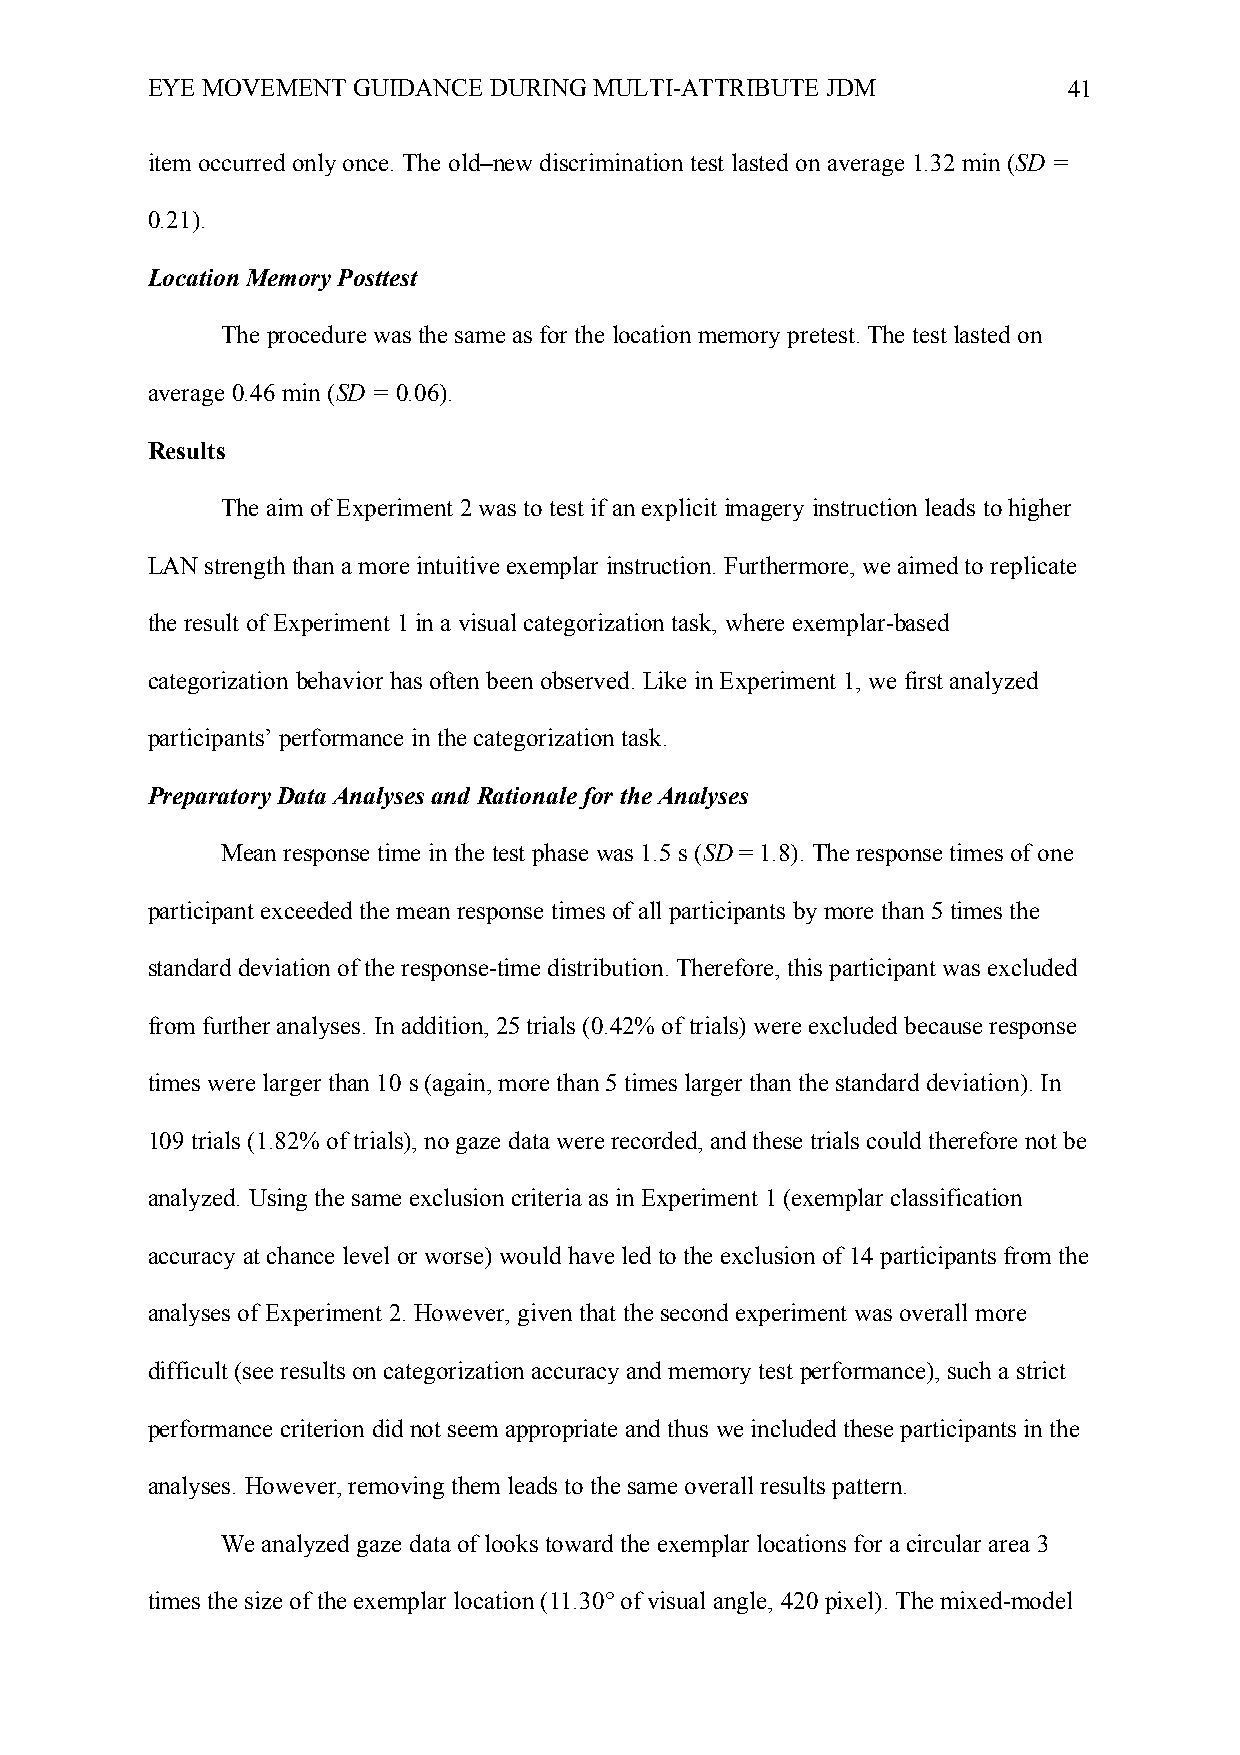
EYE MOVEMENT GUIDANCE DURING MULTI-ATTRIBUTE JDM             41
 item occurred only once. The old–new discrimination test lasted on average 1.32 min (SD =
 0.21).
 Location Memory Posttest
 The procedure was the same as for the location memory pretest. The test lasted on
 average 0.46 min (SD = 0.06).
 Results
 The aim of Experiment 2 was to test if an explicit imagery instruction leads to higher
 LAN strength than a more intuitive exemplar instruction. Furthermore, we aimed to replicate
 the result of Experiment 1 in a visual categorization task, where exemplar-based
 categorization behavior has often been observed. Like in Experiment 1, we first analyzed
 participants’ performance in the categorization task.
 Preparatory Data Analyses and Rationale for the Analyses
 Mean response time in the test phase was 1.5 s (SD = 1.8). The response times of one
 participant exceeded the mean response times of all participants by more than 5 times the
 standard deviation of the response-time distribution. Therefore, this participant was excluded
 from further analyses. In addition, 25 trials (0.42% of trials) were excluded because response
 times were larger than 10 s (again, more than 5 times larger than the standard deviation). In
 109 trials (1.82% of trials), no gaze data were recorded, and these trials could therefore not be
 analyzed. Using the same exclusion criteria as in Experiment 1 (exemplar classification
 accuracy at chance level or worse) would have led to the exclusion of 14 participants from the
 analyses of Experiment 2. However, given that the second experiment was overall more
 difficult (see results on categorization accuracy and memory test performance), such a strict
 performance criterion did not seem appropriate and thus we included these participants in the
 analyses. However, removing them leads to the same overall results pattern.
 We analyzed gaze data of looks toward the exemplar locations for a circular area 3
 times the size of the exemplar location (11.30° of visual angle, 420 pixel). The mixed-model